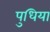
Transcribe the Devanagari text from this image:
पुधिया